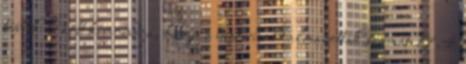
többek között kimondja, hogy a reptéri alkalmazottak számát 17,4